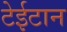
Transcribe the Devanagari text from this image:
टेईटान